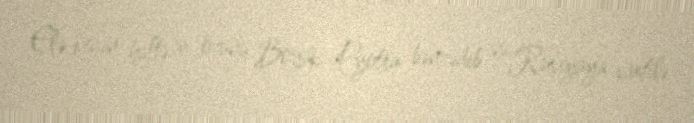
Elə keçən həftə o, özünü Böyük Pyotra bənzədib və Rusiyaya vaxtilə